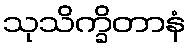
သုသိက္ခိတာနံ